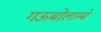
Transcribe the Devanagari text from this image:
गऊबोलाम्बे